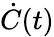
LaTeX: \dot{C}(t)